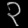
Digit: ၃